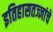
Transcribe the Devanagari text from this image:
इतिहासतज्ज्ञांचे